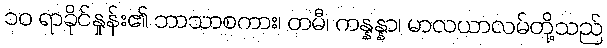
၁၀ ရာခိုင်နှုန်း၏ ဘာသာစကား၊ တမီ၊ ကန္နန္နာ၊ မာလယာလမ်တို့သည်